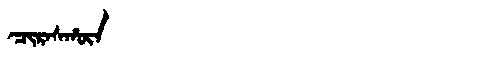
Manchu: ᠴᡳᡵᠠᠰᡥᡡᠨ
Romanization: CIRASHŪN